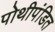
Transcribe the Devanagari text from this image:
पोथीपंडित